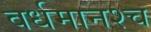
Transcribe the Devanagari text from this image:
वर्धमानश्च